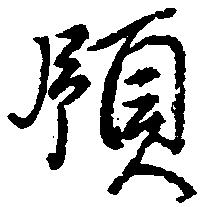
領